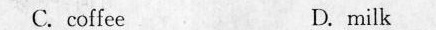
C. coffee D.milk